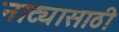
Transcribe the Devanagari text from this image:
नाट्यासाठी